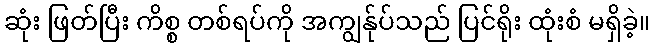
ဆုံး ဖြတ်ပြီး ကိစ္စ တစ်ရပ်ကို အကျွန်ုပ်သည် ပြင်ရိုး ထုံးစံ မရှိခဲ့။